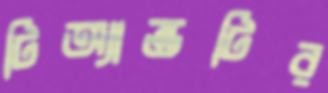
টিঅ্যান্ডটির